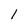
Character: l